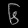
Digit: ၆